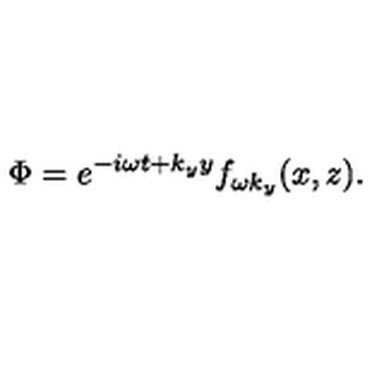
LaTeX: \Phi = e ^ { - i \omega t + k _ { y } y } f _ { \omega k _ { y } } ( x , z ) .